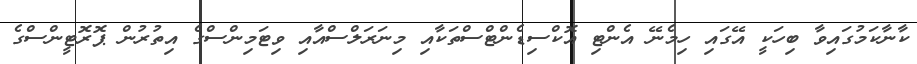
ކާނާކަމުގައިވާ ބިހަކީ އޭގައި ހިމެނޭ އެންޓި އޮކްސިޑެންޓްސްތަކާއި މިނަރަލްސްއާއި ވިޓަމިންސްގެ އިތުރުން ޕޮރޮޓީންސްގެ